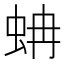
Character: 蚺